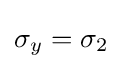
\sigma _{y}=\sigma _{2}\,\!